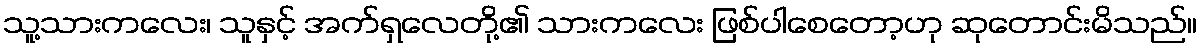
သူ့သားကလေး၊ သူနှင့် အက်ရှလေတို့၏ သားကလေး ဖြစ်ပါစေတော့ဟု ဆုတောင်းမိသည်။